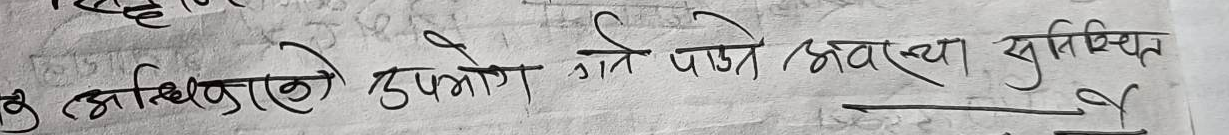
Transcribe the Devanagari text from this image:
अधिकारिहरु उपयोग गने पाउने अवस्था सुनिश्चित है